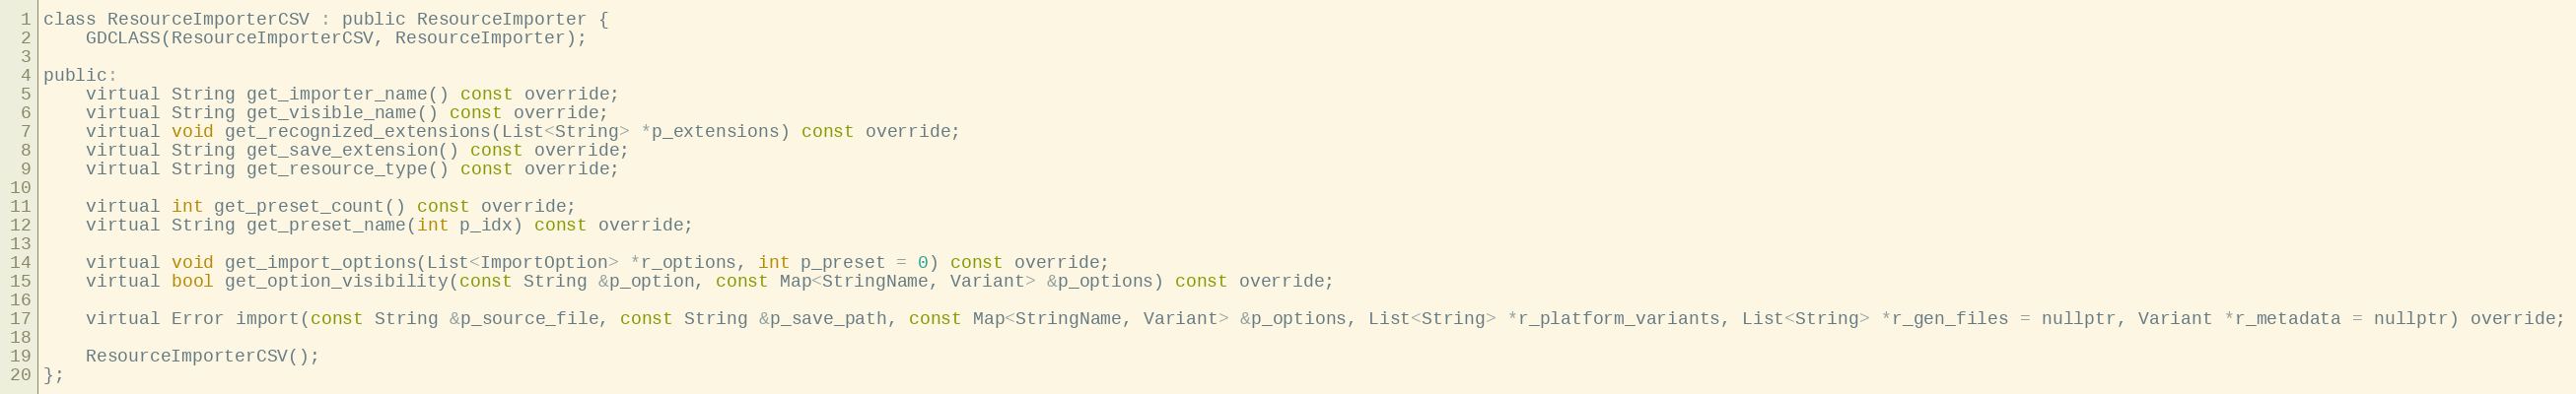
Language: C
class ResourceImporterCSV : public ResourceImporter {
	GDCLASS(ResourceImporterCSV, ResourceImporter);

public:
	virtual String get_importer_name() const override;
	virtual String get_visible_name() const override;
	virtual void get_recognized_extensions(List<String> *p_extensions) const override;
	virtual String get_save_extension() const override;
	virtual String get_resource_type() const override;

	virtual int get_preset_count() const override;
	virtual String get_preset_name(int p_idx) const override;

	virtual void get_import_options(List<ImportOption> *r_options, int p_preset = 0) const override;
	virtual bool get_option_visibility(const String &p_option, const Map<StringName, Variant> &p_options) const override;

	virtual Error import(const String &p_source_file, const String &p_save_path, const Map<StringName, Variant> &p_options, List<String> *r_platform_variants, List<String> *r_gen_files = nullptr, Variant *r_metadata = nullptr) override;

	ResourceImporterCSV();
};